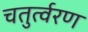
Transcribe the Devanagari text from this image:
चतुर्त्वरण